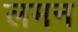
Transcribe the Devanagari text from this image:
लमन